Report of the Hyderabad Chloroform Commission
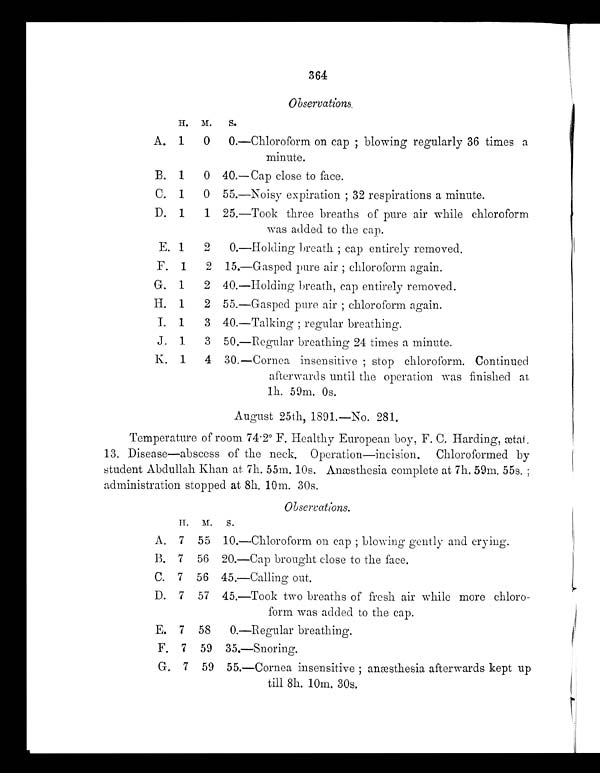
364
Observations.
H.
M.
S.
A.
1
0
0.—Chloroform on cap ; blowing regularly 36 times a
minute.
B.
1
0
40.—Cap close to face.
C.
1
0
55.—Noisy expiration ; 32 respirations a minute.
D.
1
1
25.—Took three breaths of pure air while chloroform
was added to the cap.
E. 1
2
0.—Holding breath ; cap entirely removed.
F.
1
2
15.—Gasped pure air ; chloroform again.
G.
1
2
40.—Holding breath, cap entirely removed.
H.
1
2
55.—Gasped pure air ; chloroform again.
I.
1
3
40.—Talking ; regular breathing.
J.
1
3
50.—Regular breathing 24 times a minute.
K.
1
4
30.—Cornea insensitive ; stop chloroform. Continued
afterwards until the operation was finished at,
1k. 59m. Os.
August 25th, 1891.—No. 281.
Temperature of room 74.2º F. Healthy European boy, F. C. Harding, ætat.
13. Disease—abscess of the neck. Operation—incision. Chloroformed by
student Abclullah Khan at 7h. 55m. 10s. Anæthesia complete at 7h. 59m. 55s. ;
administration stopped at 8h. 10m. 30s.
Observations.
H.
M.
S.
A.
7
55
10.—Chloroform on cap ; blowing gently and crying.
B.
7
56
20.—Cap brought close to the face.
C.
7
56
45.—Calling out.
D.
7
57
45.—Took two breaths of fresh air while more chloro-
form was added to the cap.
E.
7
58
0.—Regular breathing.
F.
7
59
35.—Snoring.
G.
7
59
55.—Cornea insensitive ; anæsthesia afterwards kept up
till 8h. 10m. 30s.